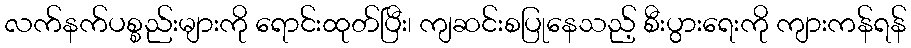
လက်နက်ပစ္စည်းများကို ရောင်းထုတ်ပြီး၊ ကျဆင်းစပြုနေသည့် စီးပွားရေးကို ကျားကန်ရန်